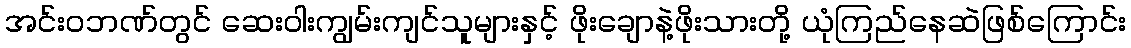
အင်းဝဘဏ်တွင် ဆေးဝါးကျွမ်းကျင်သူများနှင့် ဖိုးချောနဲ့ဖိုးသားတို့ ယုံကြည်နေဆဲဖြစ်ကြောင်း